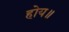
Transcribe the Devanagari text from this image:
होय॥